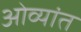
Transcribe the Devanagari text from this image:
ओव्यांत